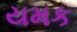
યમક